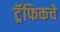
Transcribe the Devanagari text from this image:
ट्रॅफिकचे